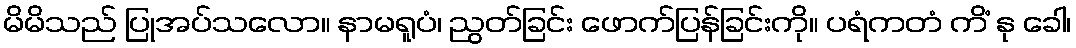
မိမိသည် ပြုအပ်သလော။ နာမရူပံ၊ ညွတ်ခြင်း ဖောက်ပြန်ခြင်းကို။ ပရံကတံ ကိံ နု ခေါ၊